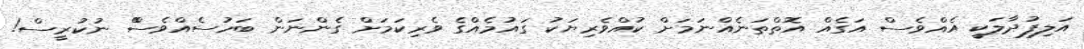
އަލިފުދާލަކީ އެއްވެސް އަގެއް އޮތްތަނެއްނަމަށް ކުއްވެރިޔަކު ގައުމެއްގެ ވެރިކަމަށް ގެންނަން ބަހުސެއްވެސްްްްްްްްް ނުކުރީސް!